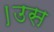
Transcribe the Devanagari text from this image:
।उस